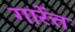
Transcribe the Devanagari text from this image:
गारेंत्त